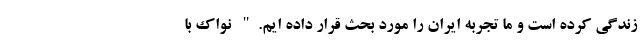
زندگی کرده است و ما تجربه ایران را مورد بحث قرار داده ایم." نواک با